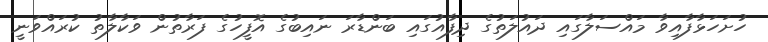
ހުށަހަޅާފާއިވާ މައްސަލާގައި ދައުލަތުގެ ދިފާއުގައި ބަންޑާރަ ނައިބުގެ އޮފީހުގެ ފަރާތުން ވަކާލާތު ކުރައްވަނީ